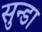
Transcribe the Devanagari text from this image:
सुन्डा